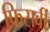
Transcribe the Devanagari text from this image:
फिसर्वी